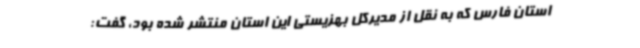
استان فارس که به نقل از مدیرکل بهزیستی این استان منتشر شده بود، گفت: